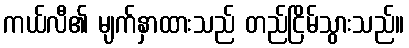
ကယ်လီ၏ မျက်နှာထားသည် တည်ငြိမ်သွားသည်။